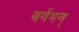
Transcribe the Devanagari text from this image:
बर्गमन्‌